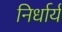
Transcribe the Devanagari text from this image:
निर्धार्य